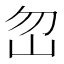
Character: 𡵶